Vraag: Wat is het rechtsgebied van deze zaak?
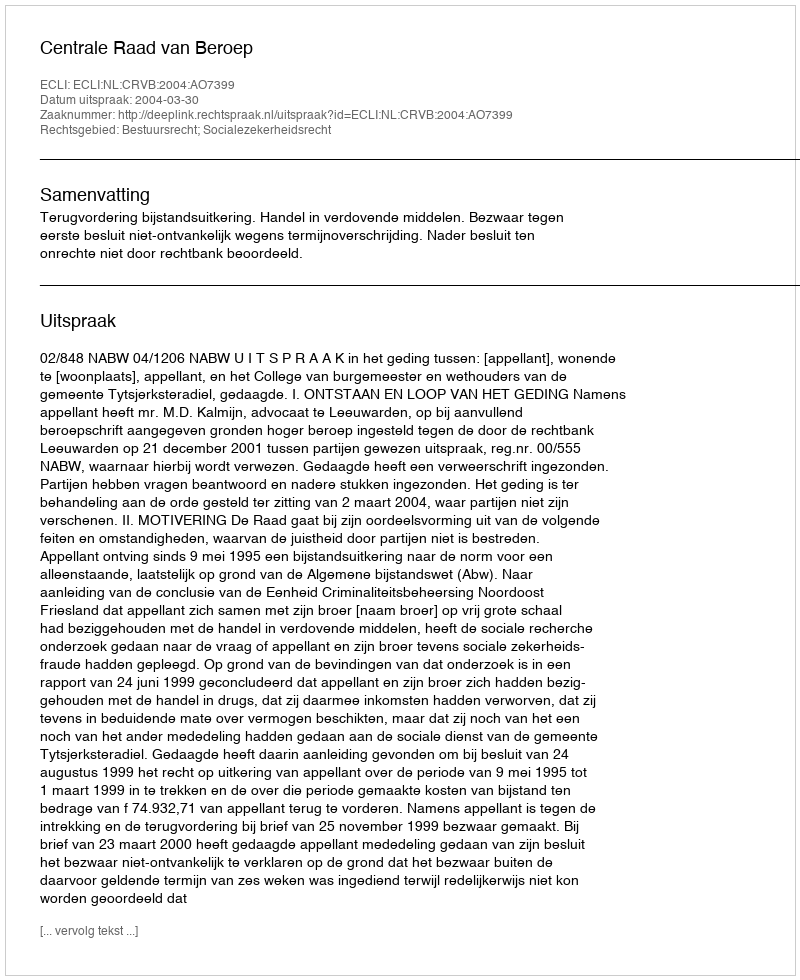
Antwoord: Bestuursrecht; Socialezekerheidsrecht